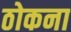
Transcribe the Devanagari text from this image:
ठोकना